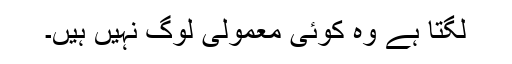
لگتا ہے وہ کوئی معمولی لوگ نہیں ہیں۔